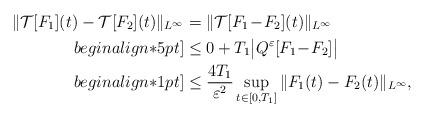
LaTeX: \begin{align*} \|\mathcal{T}[F_1](t) - \mathcal{T}[F_2](t)\|_{L^\infty} & = \|\mathcal{T}[F_1\!-\!F_2](t)\|_{L^\infty} \\begin{align*}5pt] & \leq 0 + T_1\big|Q^\varepsilon[F_1\!-\!F_2]\big| \\begin{align*}1pt] & \leq \frac{4T_1}{\varepsilon^2} \sup_{t\in [0,T_1]}\|F_1(t)-F_2(t)\|_{L^\infty}, \end{align*}